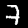
Label: 7